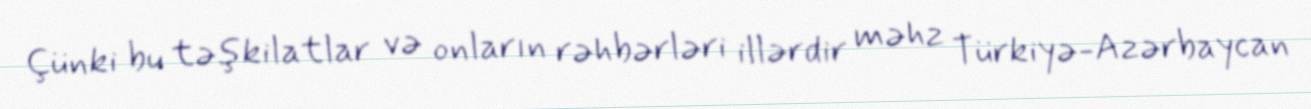
Çünki bu təşkilatlar və onların rəhbərləri illərdir məhz Türkiyə-Azərbaycan